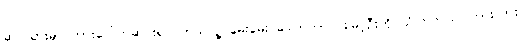
ဆပ်သွားမှာ ကားပေါ်ကဆင်းရင် ဘယ်သူ့ မေးမေး ဒေါက်တာဝင်းမြင့်ဦးကို သိကြတယ် ကြားလား